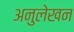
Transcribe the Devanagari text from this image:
अनुलेखन